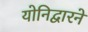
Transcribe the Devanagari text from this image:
योनिद्वारने